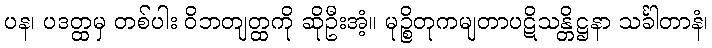
ပန၊ ပဒတ္ထမှ တစ်ပါး ဝိဘတျတ္ထကို ဆိုဦးအံ့။ မုဉ္စိတုကမျတာပဋိသန္တိဋ္ဌနာ သင်္ခါတာနံ၊